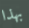
بهذا